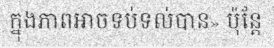
ក្នុងភាពអាចទប់ទល់បាន» ប៉ុន្តែ